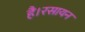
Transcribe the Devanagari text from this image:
है।रसायन